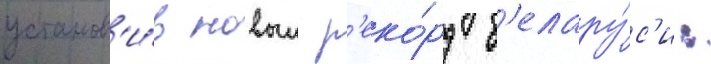
установ'и́в новыи р'еко́рд б'елару́с'и: